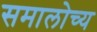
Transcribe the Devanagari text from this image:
समालोच्य